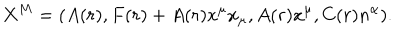
LaTeX: X ^ { M } = \left( A ( r ) , F ( r ) + A ( r ) x ^ { \mu } x _ { \mu } , A ( r ) x ^ { \mu } , C ( r ) n ^ { \alpha } \right) \! .